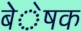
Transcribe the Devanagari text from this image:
बेेेेेषक